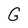
Character: G